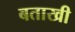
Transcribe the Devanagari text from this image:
बताखी